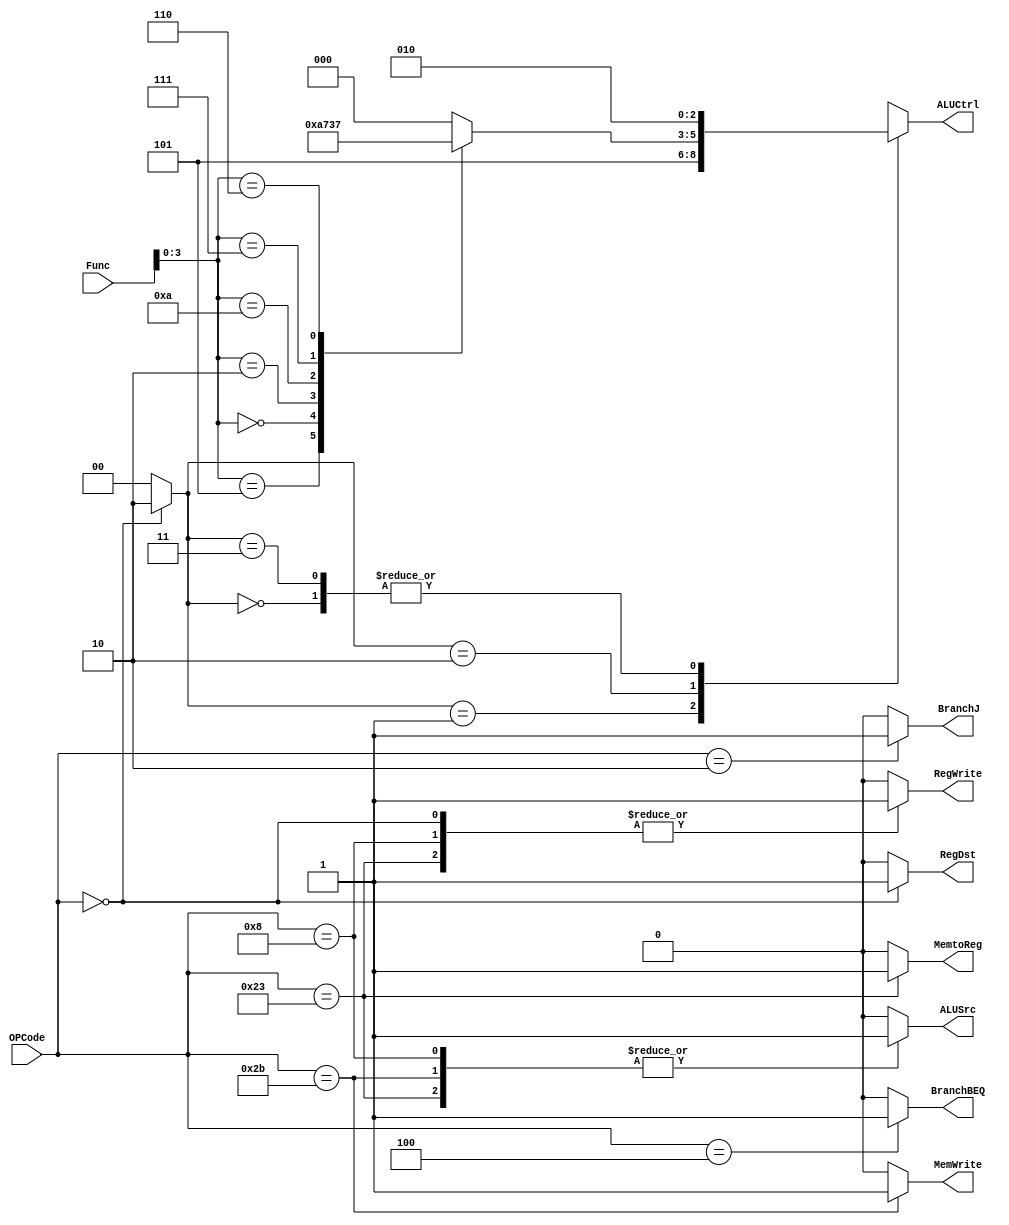
module mcu(
    input wire [5:0] OPCode,
    input wire [5:0] Func,
    output reg RegWrite,
    output reg MemtoReg,
    output reg MemWrite,
    output reg [2:0] ALUCtrl,
    output reg ALUSrc,
    output reg RegDst,
    output reg BranchBEQ,
    output reg BranchJ
);
    // |  输出引脚  |                        作用                        |
    // | :--------: | :------------------------------------------------: |
    // |  RegWrite  |               当前指令需要写入寄存器               |
    // |  MemtoReg  |     当前指令需要从存储器中获取数据并存入寄存器     |
    // |  MemWrite  |               当前指令需要写入存储器               |
    // |   ALUCtrl  |                 指定 ALU 运算类型                  |
    // |   ALUSrc   |        ALU 中 B 数据来源选择(寄存器/立即数)        |
    // |   RegDst   |   寄存器写入目的指定,指定需要写入的寄存器(Rt/Rd)   |
    // | BranchBEQ  | 当前指令为 BEQ 指令,需要在指令译码阶段判断是否跳转 |
    // |  BranchJ   |    当前指令为 J 指令,在指令译码阶段完成 J 跳转     |


    // | ALU 操作码 | 运算 | Func 码 |
    // | :--------: | :--: | :-----: |
    // |    000     | AND  | 100100  |
    // |    001     |  OR  | 100101  |
    // |    010     | ADD  | 100000  |
    // |    011     | SUB  | 100010  |
    // |    100     | SLT  | 101010  |
    // |    110     | NOR  | 100111  |
    // |    111     | XOR  | 100110  |

    parameter LW   = 6'b100011;
    parameter SW   = 6'b101011;
    parameter R    = 6'b000000;
    parameter BEQ  = 6'b000100;
    parameter J    = 6'b000010;
    parameter ADDI =6'b001000;

    //mcu向alucu发出的信号
    reg [1:0] ALUOp;

    //mcu部分
    always @(*) begin
        //defaults
        RegWrite <= 1'b0;
        MemtoReg <= 1'b0;
        MemWrite <= 1'b0;
        ALUOp    <= 2'b00;
        ALUSrc   <= 1'b0;
        RegDst   <= 1'b0;
        BranchBEQ<= 1'b0;
        BranchJ  <= 1'b0;

        // |  输出引脚  |                        作用                        |
        // | :--------: | :------------------------------------------------: |
        // |  RegWrite  |               当前指令需要写入寄存器               |
        // |  MemtoReg  |     当前指令需要从存储器中获取数据并存入寄存器     |
        // |  MemWrite  |               当前指令需要写入存储器               |
        // |   ALUCtrl  |                 指定 ALU 运算类型                  |
        // |   ALUSrc   |        ALU 中 B 数据来源选择(寄存器/立即数)        |
        // |   RegDst   |   寄存器写入目的指定,指定需要写入的寄存器(Rt/Rd)   |
        // | BranchBEQ  | 当前指令为 BEQ 指令,需要在指令译码阶段判断是否跳转 |
        // |  BranchJ   |    当前指令为 J 指令,在指令译码阶段完成 J 跳转     |
        case (OPCode)
            LW  :begin
                RegWrite <= 1'b1;
                MemtoReg <= 1'b1;
                ALUSrc   <= 1'b1;
            end
            SW  :begin
                ALUSrc   <= 1'b1;
                MemWrite <= 1'b1;
            end
            R   :begin
                RegWrite <= 1'b1;
                RegDst   <= 1'b1;
                ALUOp    <= 2'b10;
            end
            BEQ :begin
                BranchBEQ<= 1'b1;
                // 在流水线中使用额外的加法器实现BEQ指令,故无需使用ALU
                // ALUOp    <= 2'b10;
            end
            J   :begin
                BranchJ  <= 1'b1;
            end
            ADDI:begin
                //预留一个加立即数的操作
                RegWrite <= 1'b1;
                ALUSrc   <= 1'b1;
            end
        endcase
    end

    //ALUCU部分
	always @(*) begin
		case(ALUOp)
			2'd0: ALUCtrl = 3'b010;	/* add */
			2'd1: ALUCtrl = 3'b101;	/* not */
			2'd2: ALUCtrl = _funct;
			2'd3: ALUCtrl = 3'b010;	/* add */
			default: ALUCtrl = 0;
		endcase
	end
    reg [2:0] _funct;
    always @(*) begin
		case(Func[3:0])
			4'b0100:  _funct = 3'b000;	/* and */
			4'b0101:  _funct = 3'd001;	/* or */
			4'b0000:  _funct = 3'b010;	/* add */
			4'b0010:  _funct = 3'b011;	/* sub */
			4'b1010:  _funct = 3'b100;	/* slt */
			4'b0111:  _funct = 3'b110;	/* nor */
			4'b0110:  _funct = 3'b111;	/* xor */	
			default:  _funct = 3'b000;	/* and */
		endcase
	end



endmodule